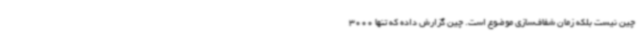
چین نیست بلکه زمان شفاف‌سازی موضوع است. چین گزارش داده که تنها 3000